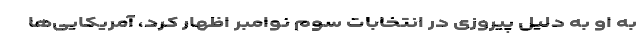
به او به دلیل پیروزی در انتخابات سوم نوامبر اظهار کرد، آمریکایی‌ها